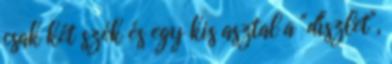
csak két szék és egy kis asztal a "díszlet",